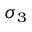
\sigma _ { 3 }